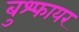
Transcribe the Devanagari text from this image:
बुश्फायर